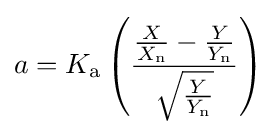
a=K_{\mathrm {a} }\left({\frac {{\frac {X}{X_{\mathrm {n} }}}-{\frac {Y}{Y_{\mathrm {n} }}}}{\sqrt {\frac {Y}{Y_{\mathrm {n} }}}}}\right)